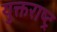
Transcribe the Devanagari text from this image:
युक्तराष्ट्र